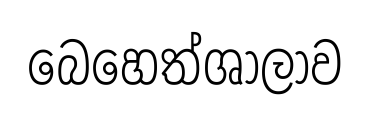
බෙහෙත්ශාලාව